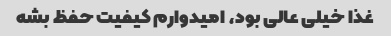
غذا خیلی عالی بود، امیدوارم کیفیت حفظ بشه